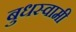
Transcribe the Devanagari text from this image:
बुधस्वामी